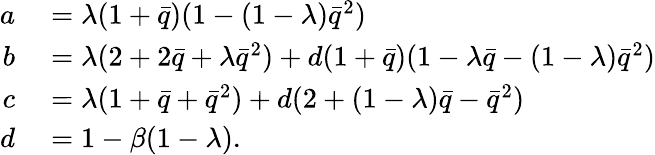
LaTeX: \begin{array}{rl}{a}&{{}=\lambda(1+\bar{q})(1-(1-\lambda)\bar{q}^{2})}\\ {b}&{{}=\lambda(2+2\bar{q}+\lambda\bar{q}^{2})+d(1+\bar{q})(1-\lambda\bar{q}-(1-\lambda)\bar{q}^{2})}\\ {c}&{{}=\lambda(1+\bar{q}+\bar{q}^{2})+d(2+(1-\lambda)\bar{q}-\bar{q}^{2})}\\ {d}&{{}=1-\beta(1-\lambda).}\end{array}